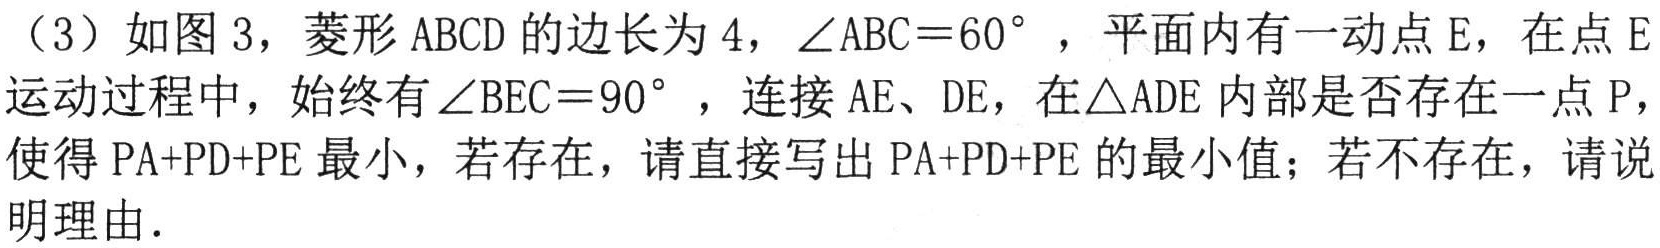
（3）如图 3，菱形 \(ABCD\) 的边长为 \(4\)，\(\angle ABC = 60^{\circ}\)，平面内有一动点 \(E\)，在点 \(E\)运动过程中，始终有 \(\angle BEC = 90^{\circ}\)，连接 \(AE\)、\(DE\)，在\(\triangle ADE\)内部是否存在一点 \(P\)，使得 \(PA + PD+PE\) 最小，若存在，请直接写出 \(PA + PD + PE\) 的最小值；若不存在，请说明理由.